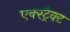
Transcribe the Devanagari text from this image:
एक्स्ट्रैक्ट